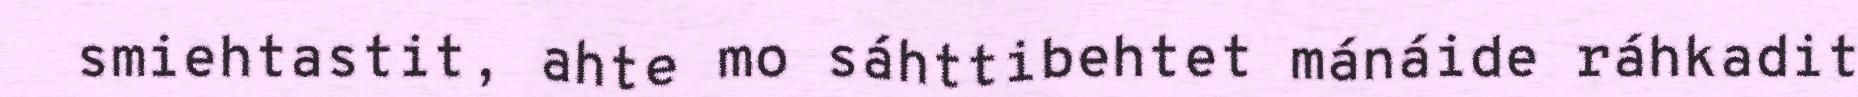
smiehtastit, ahte mo sáhttibehtet mánáide ráhkadit